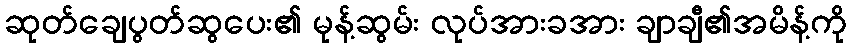
ဆုတ်ချေပွတ်ဆွပေး၏ မုန့်ဆွမ်း လုပ်အားခအား ချာချီ၏အမိန့်ကို